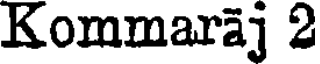
Kommaraj 2